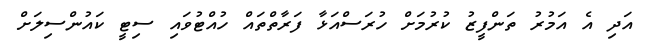
އަދި އެ އަމުރު ތަންފީޒު ކުރުމަށް ހުރަސްއަޅާ ފަރާތްތައް ހުއްޓުވައި ސިޓީ ކައުންްސިލަށް